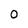
Character: 0